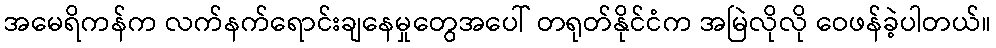
အမေရိကန်က လက်နက်ရောင်းချနေမှုတွေအပေါ် တရုတ်နိုင်ငံက အမြဲလိုလို ဝေဖန်ခဲ့ပါတယ်။